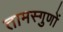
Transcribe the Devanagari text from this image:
तामस्गुणों